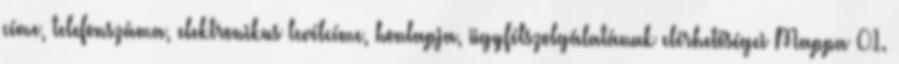
címe, telefonszáma, elektronikus levélcíme, honlapja, ügyfélszolgálatának elérhetőségei Mappa 01.